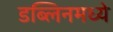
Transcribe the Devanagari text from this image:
डब्लिनमध्ये